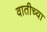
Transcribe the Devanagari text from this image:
वातीच्या